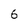
Character: 6